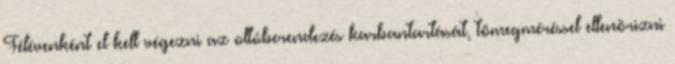
Félévenként el kell végezni az oltóberendezés karbantartását, tömegméréssel ellenõrizni